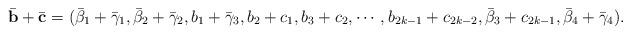
LaTeX: \begin{align*}\bar{\mathbf{b}}+\bar{\mathbf{c}}=(\bar{\beta}_1+\bar{\gamma}_1,\bar{\beta}_2+\bar{\gamma}_2,b_1+\bar{\gamma}_3,b_2+c_1,b_3+c_2,\cdots,b_{2k-1}+c_{2k-2},\bar{\beta}_3+c_{2k-1},\bar{\beta}_4+\bar{\gamma}_4).\end{align*}